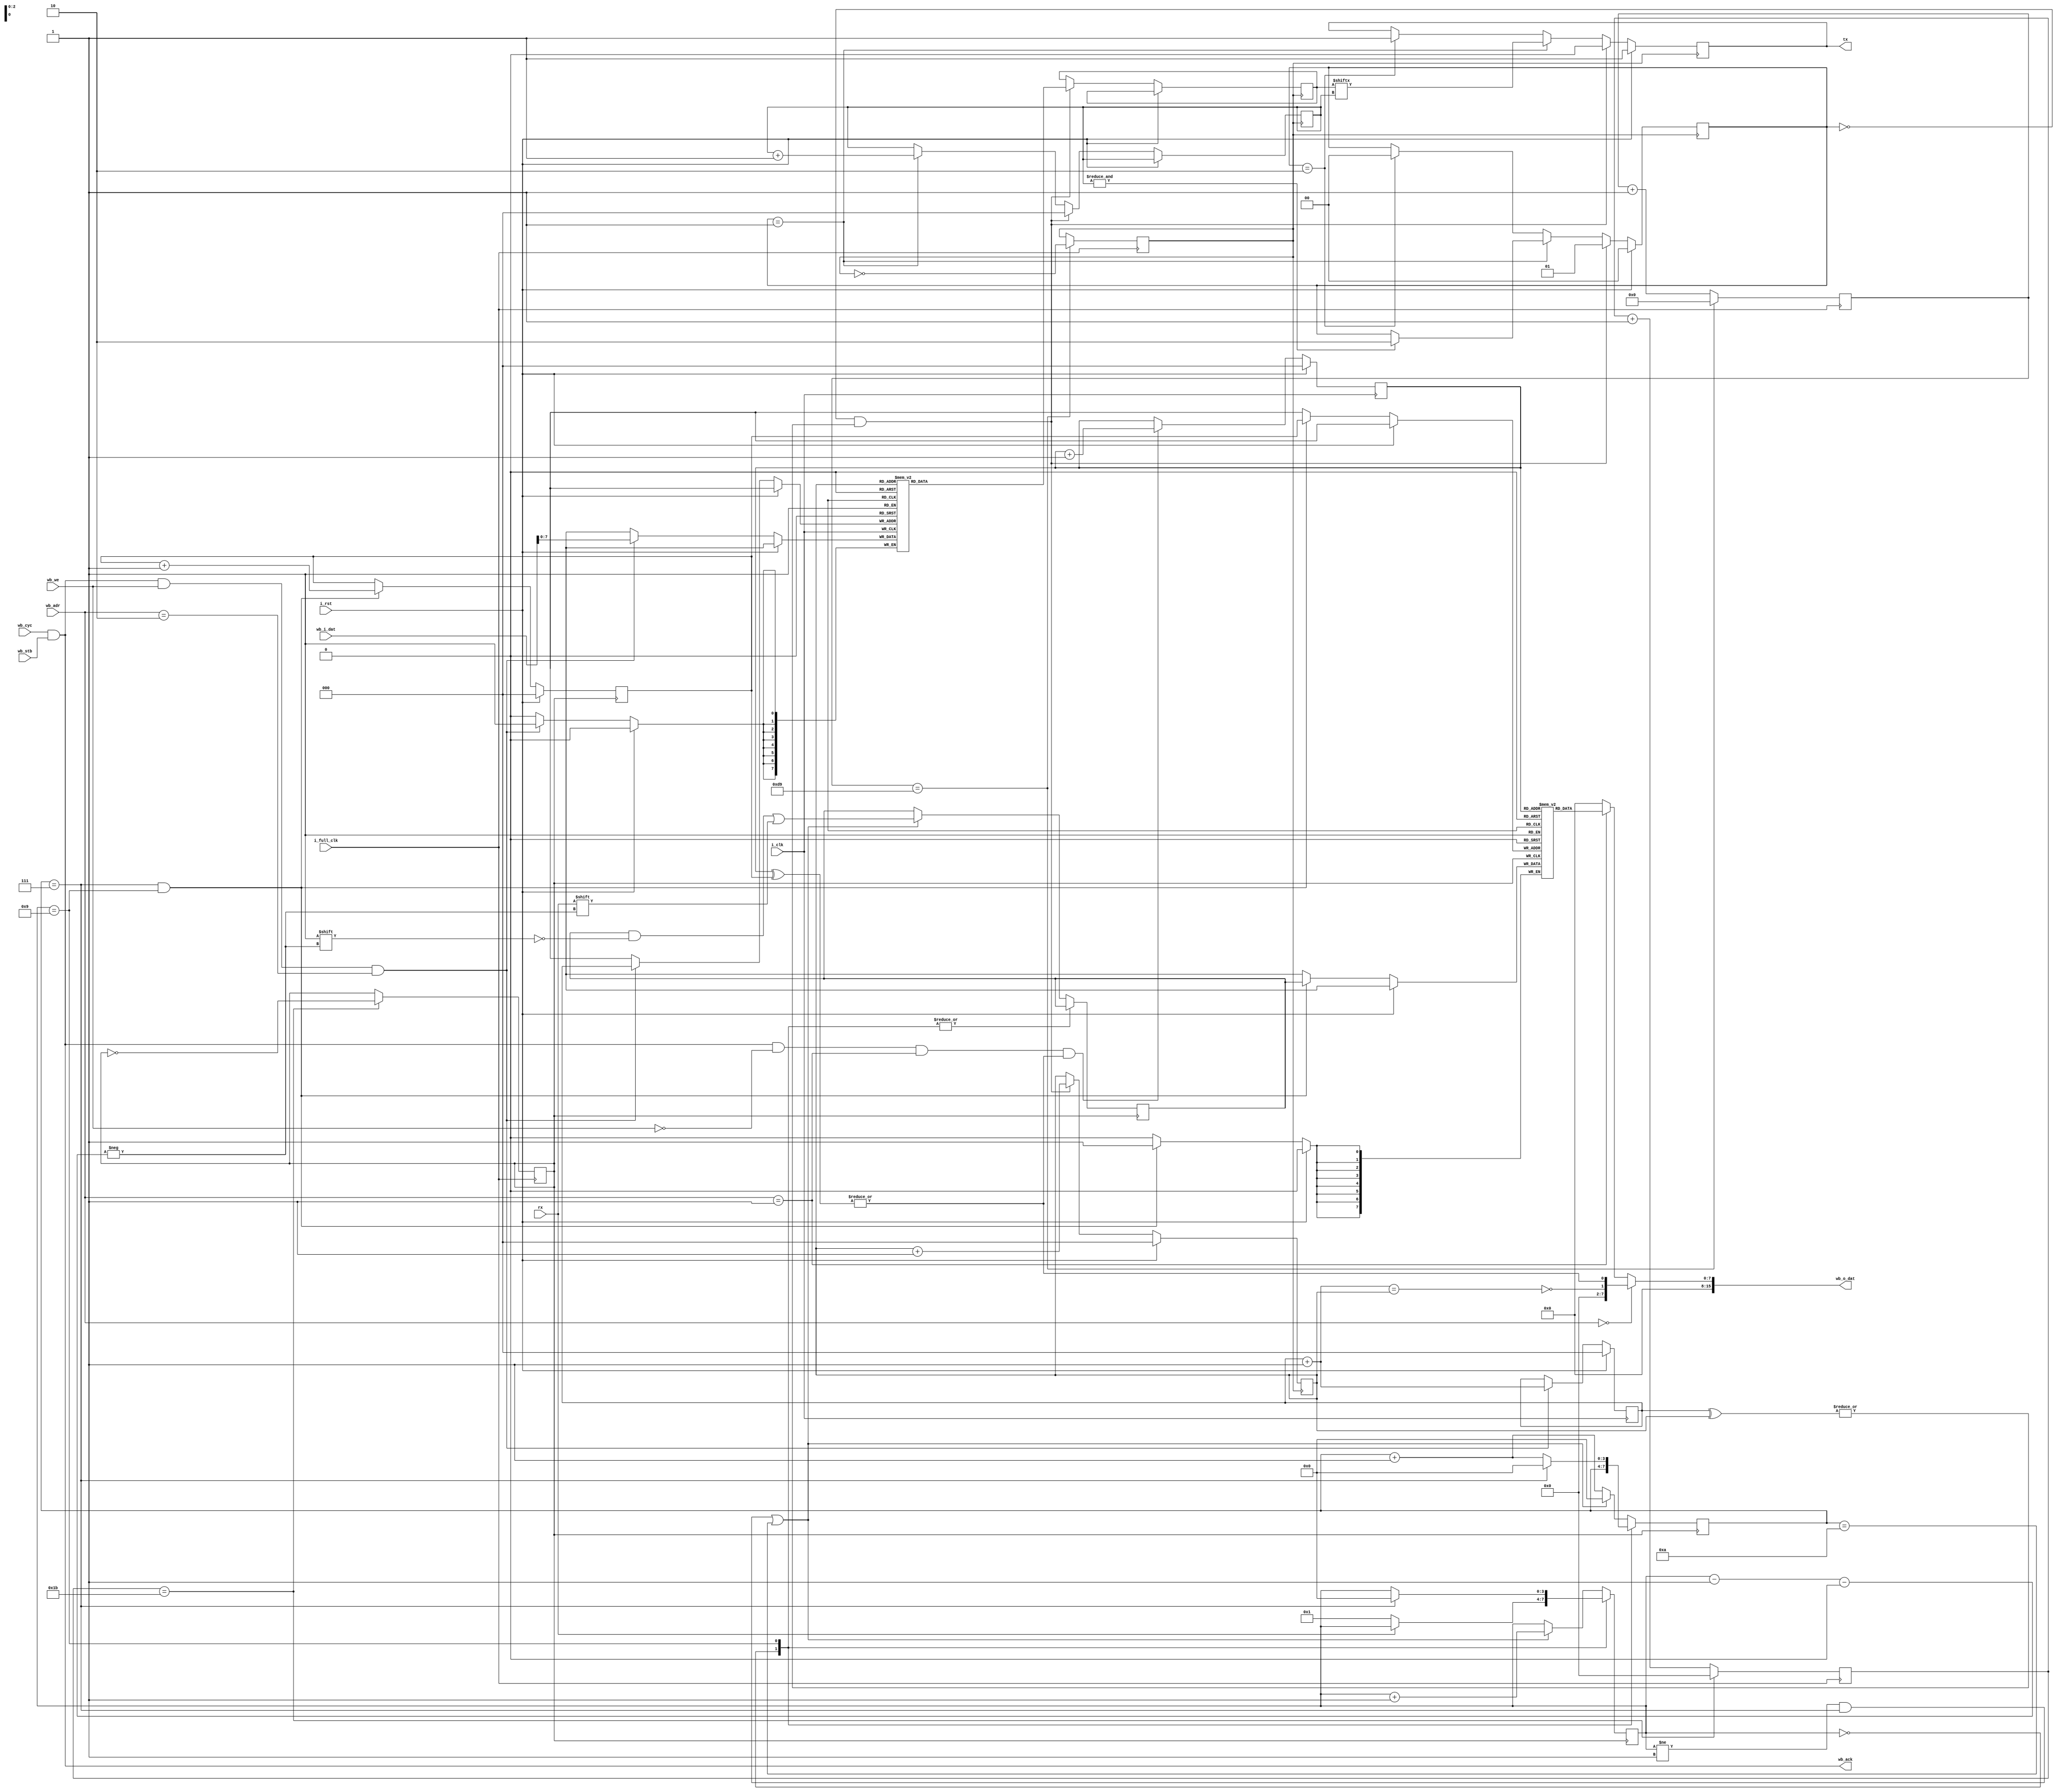
module uart (
    input i_clk,
    input i_full_clk,
    input i_rst,

    input rx,
    output reg tx,

    input wb_cyc, wb_stb, wb_we,
    output wb_ack,
    input [23:0] wb_adr,
    input [15:0] wb_i_dat,
    output reg [15:0] wb_o_dat
);

localparam BAUD_RATE = 115200;
localparam OVERSAMPLE = 8;
localparam OVERSAMPLE_LOG = 3;
localparam CLOCK_FREQ = 50_000_000;
localparam UART_CLOCK_DIV = CLOCK_FREQ/(BAUD_RATE*2);
localparam OSMPL_CLOCK_DIV = CLOCK_FREQ/(BAUD_RATE*OVERSAMPLE*2);
localparam RX_BUFF_SIZE = 8;
localparam TX_BUFF_SIZE = 8;

reg uart_os_clk = 1'b0;
reg [5:0] uart_os_clk_cnt = 6'b0;
reg uart_clk = 1'b0;
reg [9:0] uart_clk_cnt = 10'b0;
always @(posedge i_full_clk) begin
    uart_os_clk_cnt <= uart_os_clk_cnt + 6'b1;
    uart_clk_cnt <= uart_clk_cnt + 6'b1;

    if (uart_os_clk_cnt == 27) begin
        uart_os_clk_cnt <= 6'b0;
        uart_os_clk <= ~uart_os_clk;
    end

    if (uart_clk_cnt == UART_CLOCK_DIV) begin
        uart_clk_cnt <= 10'b0;
        uart_clk <= ~uart_clk;
    end
end

// RECEIVE
// reg rx_active = 1'b0, rx_stop = 1'b0;
// reg [OVERSAMPLE_LOG:0] rx_os_cnt;
reg [7:0] rx_result;
reg [2:0] rx_res_bit;

//wire rx_submit = (rx_stop & (rx_os_cnt == 0));
wire rx_submit = (sub_clk_cnt == 4'b0111) && (state == 4'b1001);
//assign dbg_trig = rx_submit & ~rx;

// I DONT KNOW WHY but this code from old cpu works just fine,
// but preetier new code that seems to behave in the same way misses the stop bits. WHY???
reg [3:0] state = 4'b0;
reg [3:0] sub_clk_cnt = 4'b0;
//reg r1_trig = 1'b0;
always @(posedge uart_os_clk) begin
    case (state)
        4'b0: begin
            // if start bit
            if(rx == 1'b0) begin
                state <= 1'b1;
            end
        end
        4'b1001: begin
            if(sub_clk_cnt == 4'b0111) begin
                sub_clk_cnt <= 4'b0;
                state <= 4'b0;
                //r1_trig <= ~r1_trig;
            end else begin
                sub_clk_cnt <= sub_clk_cnt+4'b1;
            end
        end
        default: begin // default read bit
            if((state != 4'b1 && sub_clk_cnt == 4'b0111) || sub_clk_cnt == 4'b1010) begin //delay first clock by one and half
                rx_result[state-4'b1] <= rx;
                state <= state+4'b1;
                sub_clk_cnt <= 4'b0;
                //r1_trig <= ~r1_trig;
            end else begin
                sub_clk_cnt <= sub_clk_cnt+4'b1;
            end
        end
    endcase
end

// reg r2_trig = 1'b0;
// always @(posedge uart_os_clk) begin
//     if (i_rst) begin
//         rx_active <= 1'b0;
//         rx_os_cnt <= 'b0;
//         rx_stop <= 1'b0;
//     end else begin 
//         if (~rx_active & ~rx) begin
//             rx_active <= 1'b1;
//             rx_res_bit <= 'b0;
//             rx_os_cnt <= 4'b1010;
//         end else if (rx_stop & (rx_os_cnt == 0)) begin
//             rx_active <= 1'b0;
//             rx_stop <= 1'b0;
//             r2_trig <= ~r2_trig;
//             //dbg_trig <= ~dbg_trig;
//         end else if (rx_active & ~rx_stop & (rx_os_cnt == 0)) begin
//             rx_os_cnt <= 4'b0111;
//             r2_trig <= ~r2_trig;
//             //rx_result[rx_res_bit] <= rx;
//             rx_res_bit <= rx_res_bit + 1'b1;
//             rx_stop <= (rx_res_bit == 3'b111);
//             //dbg_trig <= ~dbg_trig;
//         end else if (rx_active) begin
//             rx_os_cnt <= rx_os_cnt - 1'b1;
//         end
//     end
// end


reg [7:0] rx_fifo [RX_BUFF_SIZE-1:0];
reg [2:0] rx_write_ptr, rx_read_ptr;

always @(posedge uart_os_clk) begin
    if (i_rst) begin
        rx_write_ptr <= 3'b0;
    end else if (rx_submit) begin
        rx_fifo[rx_write_ptr] <= rx_result;
        rx_write_ptr <= rx_write_ptr + 3'b1;
    end
end

wire rx_data_available = |(rx_read_ptr ^ rx_write_ptr);
reg [2:0] rx_prev_data;
wire rx_irq = (rx_prev_data == 3'b0 & ((rx_write_ptr-rx_read_ptr) != 3'b0)); 

always @(posedge i_clk) begin
    if (i_rst) begin
        rx_read_ptr <= 3'b0;
    end else begin
        rx_prev_data <= rx_write_ptr-rx_read_ptr;
        if (wb_cyc & wb_stb & ~wb_we & wb_adr == 24'h1 & rx_data_available) begin
            rx_read_ptr <= rx_read_ptr + 3'b1;
            rx_prev_data <= (rx_write_ptr-rx_read_ptr-3'b1);
        end
    end
end

// TRANSMIT

reg [1:0] tx_state;
wire tx_ready = (tx_state == 2'b0);
wire tx_start = tx_data_avail;
reg [7:0] tx_data;
reg [2:0] tx_data_cnt;

always @(posedge uart_clk) begin
    if (i_rst) begin
        tx <= 1'b1;        
        tx_state <= 2'b0;
    end else if ((tx_state == 2'b0) & tx_start) begin
        tx <= 1'b0; // start bit
        tx_data_cnt <= 3'b0;
        tx_state <= 2'b1; 
    end else if (tx_state == 2'b1) begin
        tx <= tx_data[tx_data_cnt];
        tx_data_cnt <= tx_data_cnt + 1'b1;
        if (&tx_data_cnt)
            tx_state <= 2'b10;
    end else if (tx_state == 2'b10) begin
        tx <= 1'b1; // stop bit
        tx_state <= 2'b0;
    end
end

reg [7:0] tx_fifo [RX_BUFF_SIZE-1:0];
reg [2:0] tx_write_ptr, tx_read_ptr;
wire tx_data_avail = |(tx_write_ptr^tx_read_ptr);
wire tx_full = (tx_write_ptr+3'b1) == tx_read_ptr;

always @(posedge uart_clk) begin
    if (i_rst) begin
        tx_read_ptr <= 3'b0;
    end else if (tx_ready & tx_data_avail) begin
        tx_read_ptr <= tx_read_ptr + 3'b1;
        tx_data <= tx_fifo[tx_read_ptr];
    end
end

reg [2:0] tx_prev_data;
wire tx_empty_irq = (tx_prev_data != 3'b0) && ((tx_write_ptr-tx_read_ptr) == 3'b0);

always @(posedge i_clk) begin
    if (i_rst) begin
        tx_write_ptr <= 3'b0;
    end else begin 
        tx_prev_data <= (tx_write_ptr-tx_read_ptr);
        if (wb_cyc & wb_stb & wb_we & wb_adr == 24'h2) begin
            tx_write_ptr <= tx_write_ptr + 3'b1;
            tx_fifo[tx_write_ptr] <= wb_i_dat[7:0]; 
        end
    end
end

assign wb_ack = wb_cyc & wb_stb;
always @* begin
    if (wb_adr == 24'h0) begin
        wb_o_dat = {14'b0, ~tx_full, rx_data_available};
    end else if (wb_adr == 24'h1) begin
        wb_o_dat = rx_fifo[rx_read_ptr];
    end else begin
        wb_o_dat = 16'b0;
    end
end

endmodule